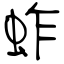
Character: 蚱